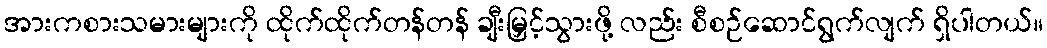
အားကစားသမားများကို ထိုက်ထိုက်တန်တန် ချီးမြှင့်သွားဖို့ လည်း စီစဉ်ဆောင်ရွက်လျက် ရှိပါတယ်။